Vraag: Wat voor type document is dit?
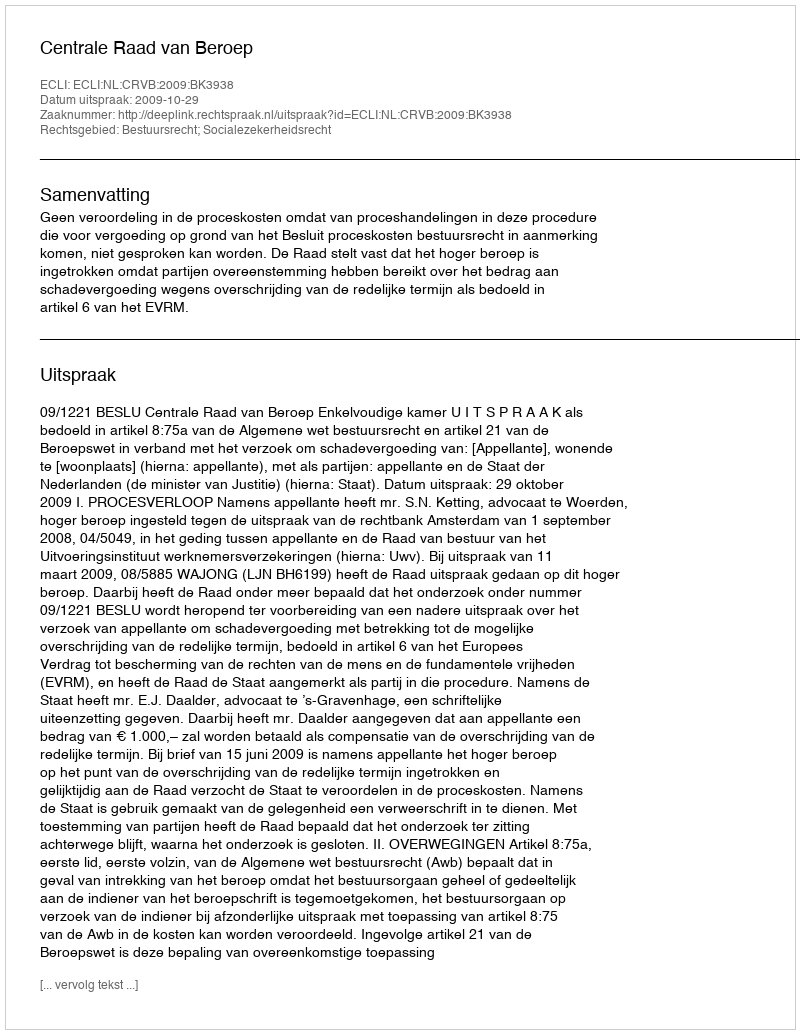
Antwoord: Uitspraak